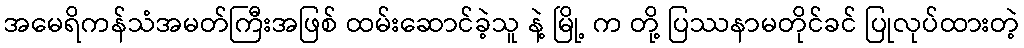
အမေရိကန်သံအမတ်ကြီးအဖြစ် ထမ်းဆောင်ခဲ့သူ နဲ့ မြို့ က တို့ ပြဿနာမတိုင်ခင် ပြုလုပ်ထားတဲ့